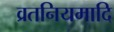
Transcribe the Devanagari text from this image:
व्रतनियमादि